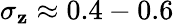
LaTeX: \sigma_{\mathbf{z}}\approx0.4-0.6